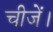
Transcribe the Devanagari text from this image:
चीजें।